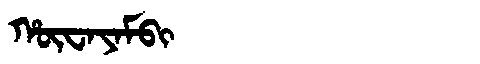
Manchu: ᡥᡡᠸᠠᠶᠠᠮᠪᡳ
Romanization: HŪWAYAMBI